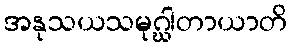
အနုသယသမုဂ္ဃါတာယာတိ